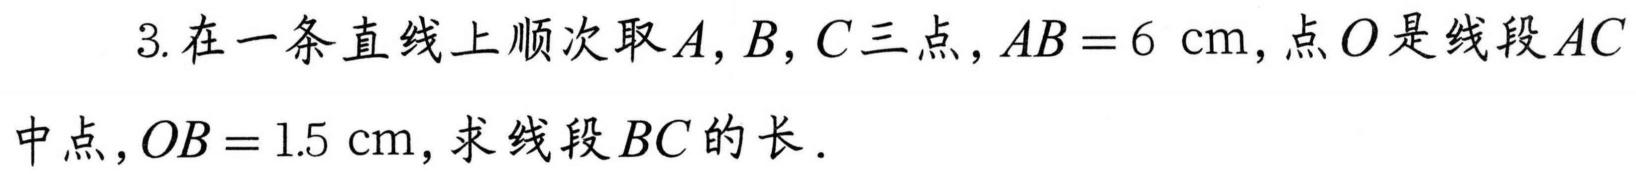
3. 在一条直线上顺次取\(A,B,C\)三点，\(AB = 6\mathrm{cm}\)，点\(O\)是线段\(AC\)中点，\(OB = 1.5\mathrm{cm}\)，求线段\(BC\)的长．